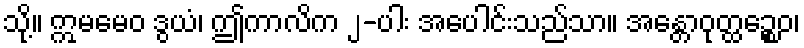
သို့။ ဣမမေဝ ဒွယံ၊ ဤကာလိက ၂-ပါး အပေါင်းသည်သာ။ အန္တောဝုတ္ထဉ္စေဝ၊